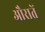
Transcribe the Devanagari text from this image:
औरातें